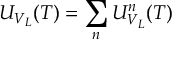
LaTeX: U _ { V _ { L } } ( T ) = \sum _ { n } U _ { V _ { L } } ^ { n } ( T )